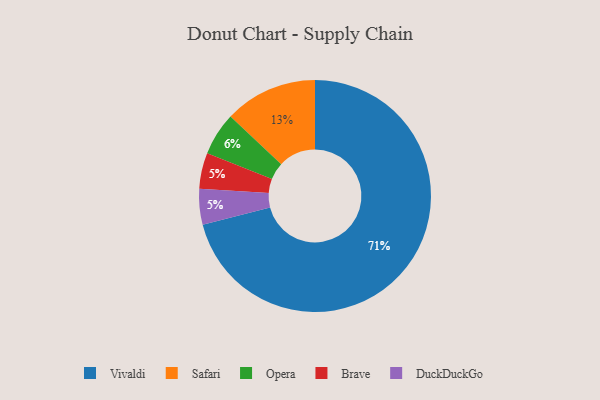
{"axis": {"x": "Category", "y": "Percentage"}, "legend": ["Brave", "DuckDuckGo", "Opera", "Safari", "Vivaldi"], "data": [{"x": "Opera", "y": 6, "type": "Opera"}, {"x": "Brave", "y": 5, "type": "Brave"}, {"x": "Safari", "y": 13, "type": "Safari"}, {"x": "Vivaldi", "y": 71, "type": "Vivaldi"}, {"x": "DuckDuckGo", "y": 5, "type": "DuckDuckGo"}]}